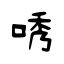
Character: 唀